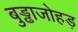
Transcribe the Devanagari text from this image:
बुड्ढाजोहड़